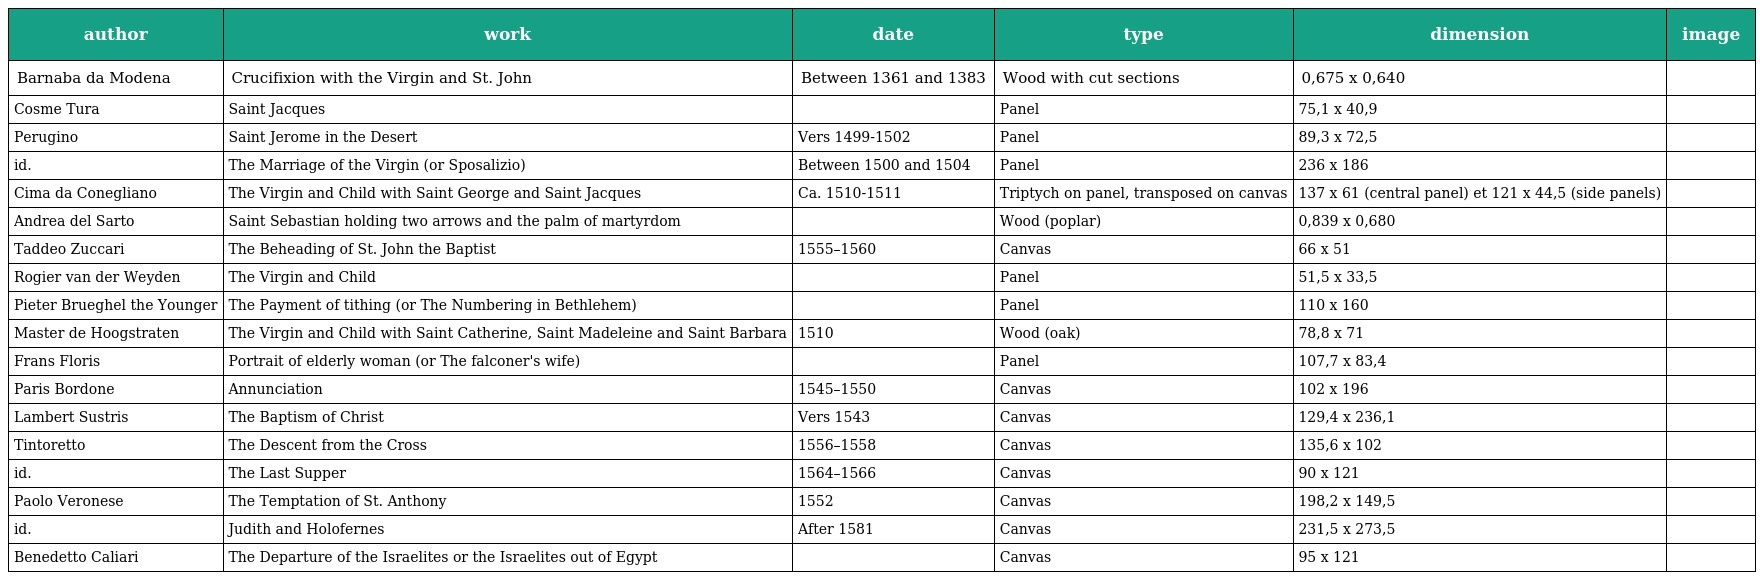
| author | work | date | type | dimension | image |
 | --- | --- | --- | --- | --- | --- |
 | Barnaba da Modena | Crucifixion with the Virgin and St. John | Between 1361 and 1383 | Wood with cut sections | 0,675 x 0,640 |  |
 | Cosme Tura | Saint Jacques |  | Panel | 75,1 x 40,9 |  |
 | Perugino | Saint Jerome in the Desert | Vers 1499-1502 | Panel | 89,3 x 72,5 |  |
 | id. | The Marriage of the Virgin (or Sposalizio) | Between 1500 and 1504 | Panel | 236 x 186 |  |
 | Cima da Conegliano | The Virgin and Child with Saint George and Saint Jacques | Ca. 1510-1511 | Triptych on panel, transposed on canvas | 137 x 61 (central panel) et 121 x 44,5 (side panels) |  |
 | Andrea del Sarto | Saint Sebastian holding two arrows and the palm of martyrdom |  | Wood (poplar) | 0,839 x 0,680 |  |
 | Taddeo Zuccari | The Beheading of St. John the Baptist | 1555–1560 | Canvas | 66 x 51 |  |
 | Rogier van der Weyden | The Virgin and Child |  | Panel | 51,5 x 33,5 |  |
 | Pieter Brueghel the Younger | The Payment of tithing (or The Numbering in Bethlehem) |  | Panel | 110 x 160 |  |
 | Master de Hoogstraten | The Virgin and Child with Saint Catherine, Saint Madeleine and Saint Barbara | 1510 | Wood (oak) | 78,8 x 71 |  |
 | Frans Floris | Portrait of elderly woman (or The falconer's wife) |  | Panel | 107,7 x 83,4 |  |
 | Paris Bordone | Annunciation | 1545–1550 | Canvas | 102 x 196 |  |
 | Lambert Sustris | The Baptism of Christ | Vers 1543 | Canvas | 129,4 x 236,1 |  |
 | Tintoretto | The Descent from the Cross | 1556–1558 | Canvas | 135,6 x 102 |  |
 | id. | The Last Supper | 1564–1566 | Canvas | 90 x 121 |  |
 | Paolo Veronese | The Temptation of St. Anthony | 1552 | Canvas | 198,2 x 149,5 |  |
 | id. | Judith and Holofernes | After 1581 | Canvas | 231,5 x 273,5 |  |
 | Benedetto Caliari | The Departure of the Israelites or the Israelites out of Egypt |  | Canvas | 95 x 121 |  |